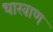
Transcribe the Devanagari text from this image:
धारवाण